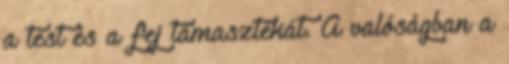
a test és a fej támasztékát. A valóságban a